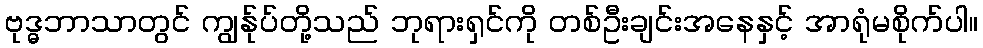
ဗုဒ္ဓဘာသာတွင် ကျွန်ုပ်တို့သည် ဘုရားရှင်ကို တစ်ဦးချင်းအနေနှင့် အာရုံမစိုက်ပါ။